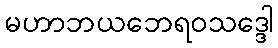
မဟာဘယဘေရဝသဒ္ဒေါ